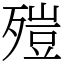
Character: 㱯